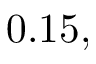
0 . 1 5 ,